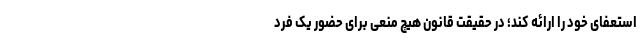
استعفای خود را ارائه کند؛ در حقیقت قانون هیچ منعی برای حضور یک فرد